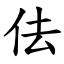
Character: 佉